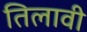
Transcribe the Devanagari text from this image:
तिलावी